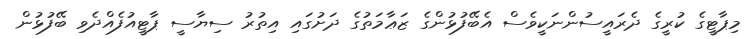
މިޕާޓީގެ ކުރީގެ ދެރައީސުންނަކީވެސް އެބޭފުޅުންގެ ޒަޢާމަތުގެ ދަށުގައި އިތުރު ސިޔާސީ ޕާޓީއުފެއްދެވި ބޭފުޅުން